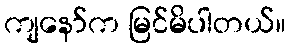
ကျနော်က မြင်မိပါတယ်။